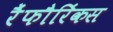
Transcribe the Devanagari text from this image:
रैंफौरिंकस